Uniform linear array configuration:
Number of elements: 16
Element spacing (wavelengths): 0.25
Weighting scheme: kaiser
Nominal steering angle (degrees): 60
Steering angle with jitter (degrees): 60.18
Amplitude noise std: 0.05
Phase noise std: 0.05

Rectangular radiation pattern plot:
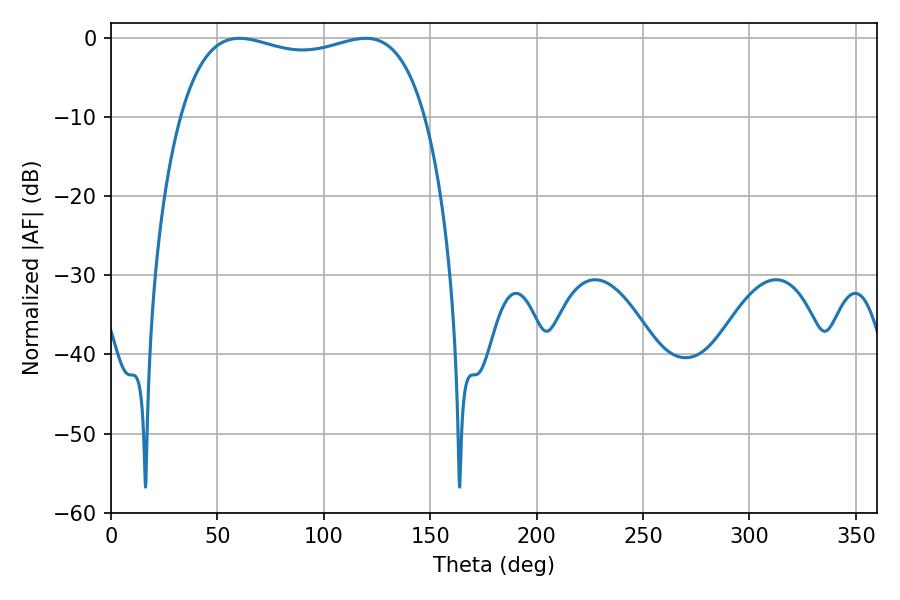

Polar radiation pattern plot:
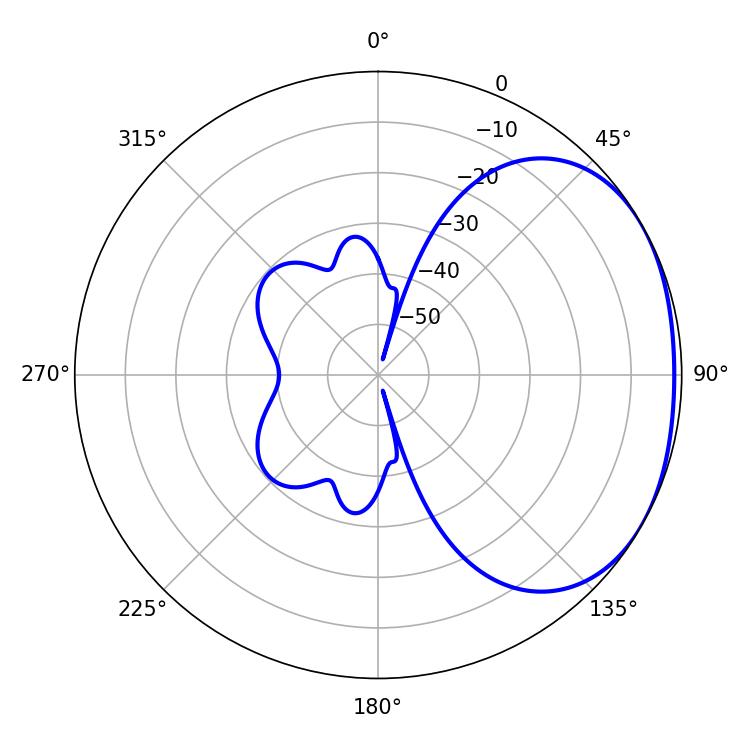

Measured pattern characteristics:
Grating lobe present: FALSE
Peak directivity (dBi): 1.894
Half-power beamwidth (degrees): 93.6
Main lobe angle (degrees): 60.3